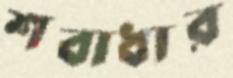
শবাধার